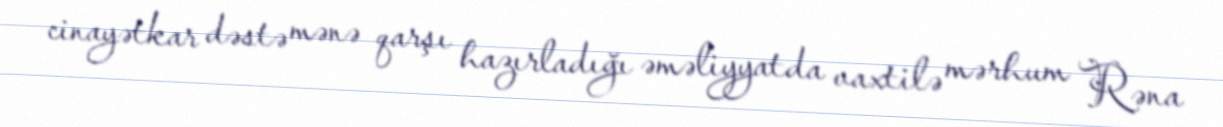
cinayətkar dəstə mənə qarşı hazırladığı əməliyyatda vaxtilə mərhum Rəna